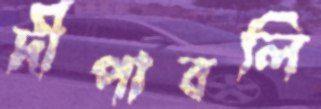
দীপাবলি